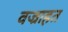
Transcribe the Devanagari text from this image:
वज्राहत